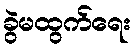
ခွဲမထွက်ရေး